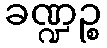
ခဏ္ဍဉ္စ